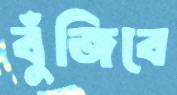
বুঁজিবে